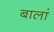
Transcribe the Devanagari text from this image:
बालां